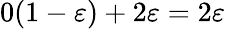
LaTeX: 0(1-\varepsilon)+2\varepsilon=2\varepsilon